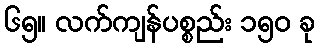
၆၅။ လက်ကျန်ပစ္စည်း ၁၅၀ ခု